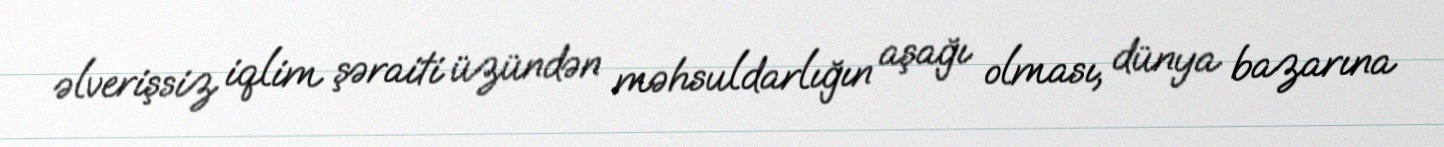
əlverişsiz iqlim şəraiti üzündən məhsuldarlığın aşağı olması, dünya bazarına